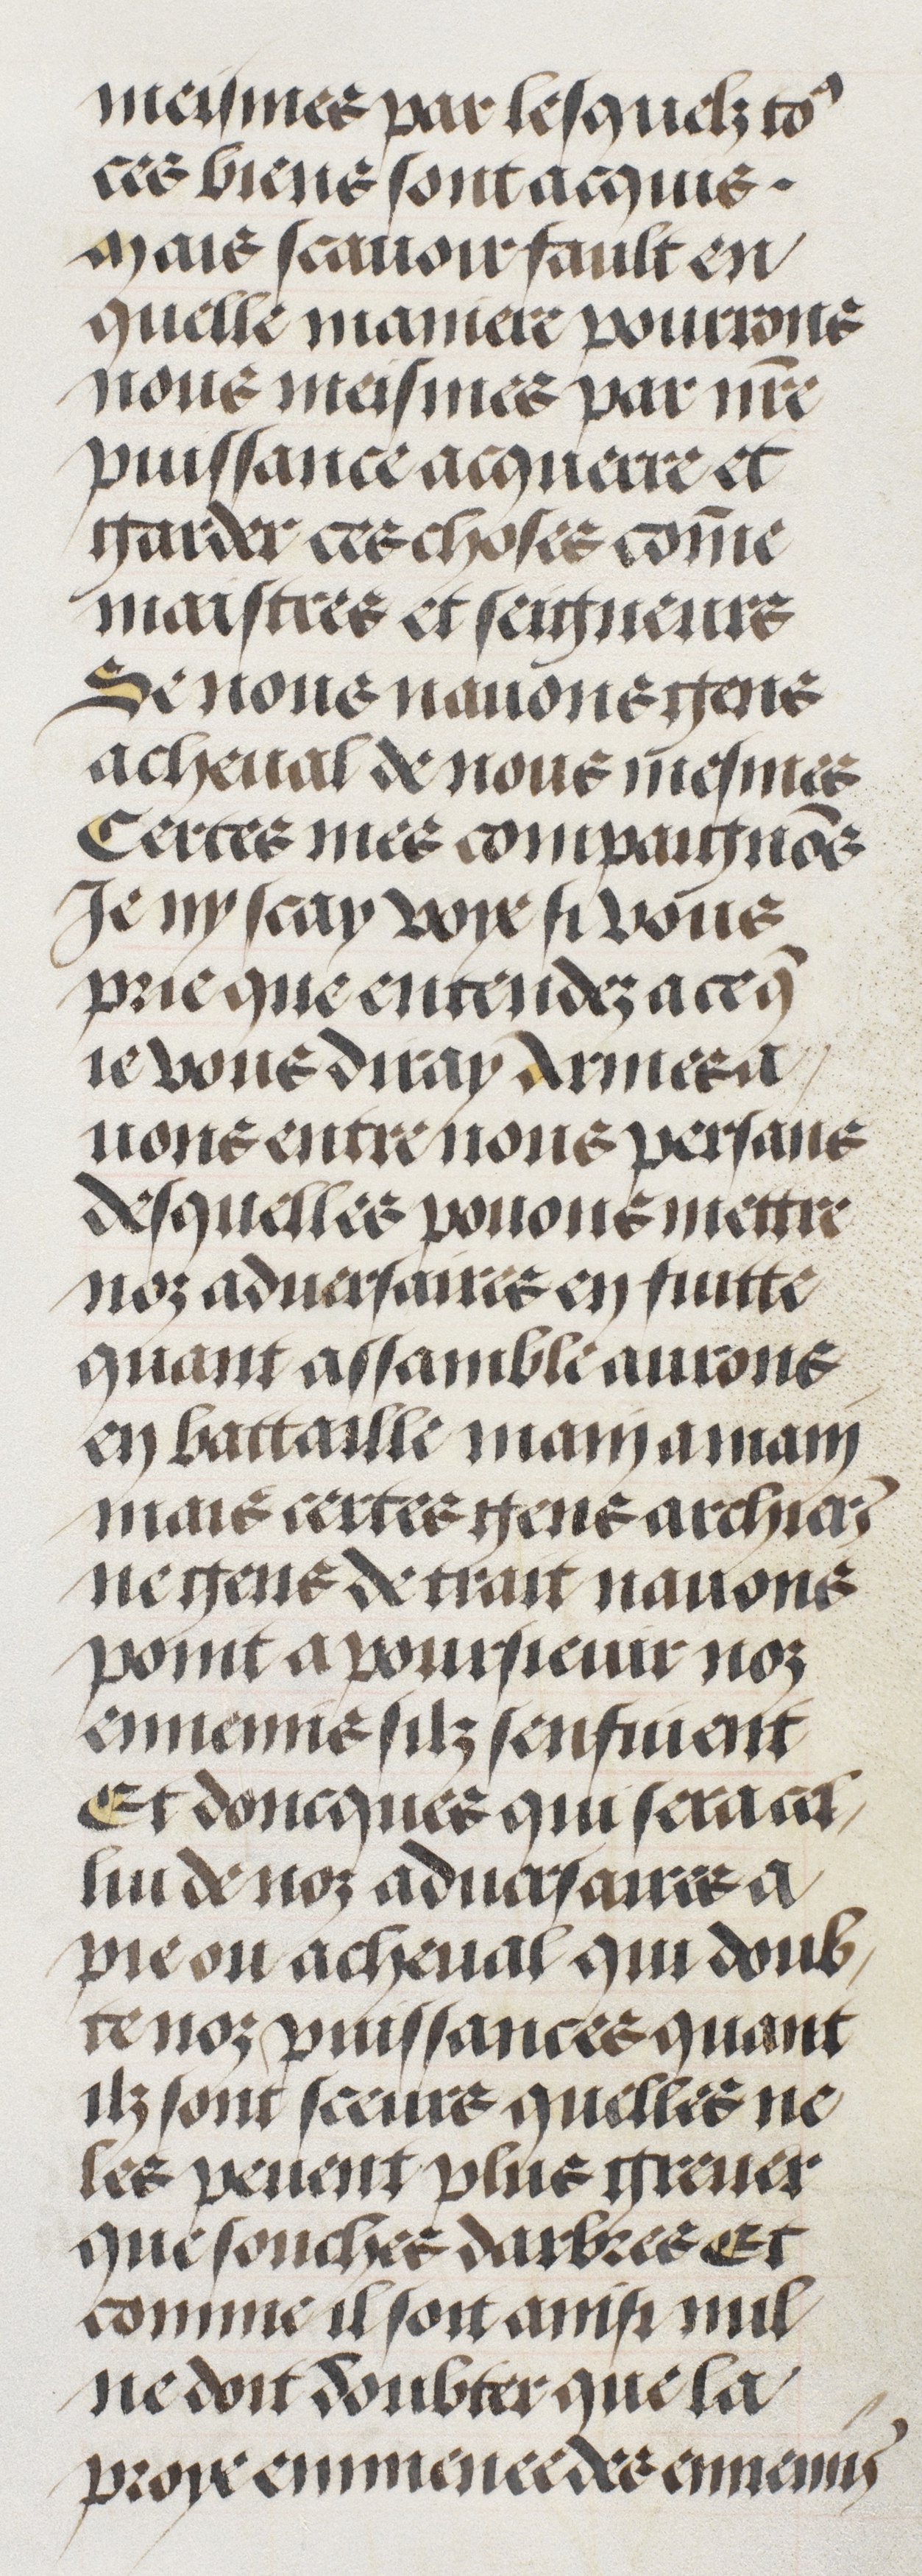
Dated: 1485–1505